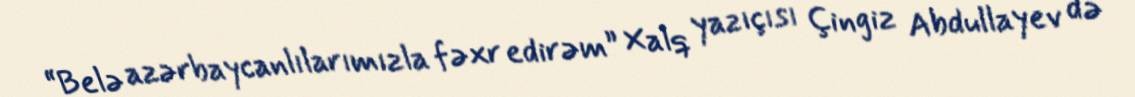
“Belə azərbaycanlılarımızla fəxr edirəm” Xalq yazıçısı Çingiz Abdullayev də